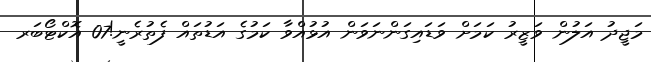
މަޖީދު އަލުން ވަޒީރު ކަމަށް ވަޑައިގަންނަވަން އުޅުއްވާ ކަމުގެ އަޑުތައް ފެތުރެނީ!07 އޮކްޓޯބަރ